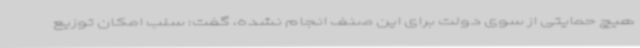
هیچ حمایتی از سوی دولت برای این صنف انجام نشده، گفت: سلب امکان توزیع